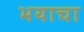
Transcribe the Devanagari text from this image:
भयाचा